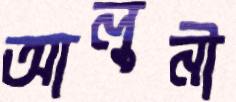
আলুনী